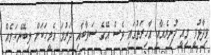
ވިދާޅުވީ މިއީ ދުނިޔެއާއި އާހިރަތުގައި ވެސް އޭގެ ސަވާބާއި ދަރުމަ އެމީހަކަށް ލިބޭނެކަމެއް